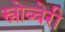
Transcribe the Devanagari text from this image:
स्नोब्बेरी